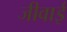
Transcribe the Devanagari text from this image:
जीवाई